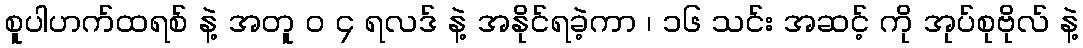
စူပါဟက်ထရစ် နဲ့ အတူ ၀ ၄ ရလဒ် နဲ့ အနိုင်ရခဲ့ကာ ၊ ၁၆ သင်း အဆင့် ကို အုပ်စုဗိုလ် နဲ့